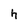
Character: h